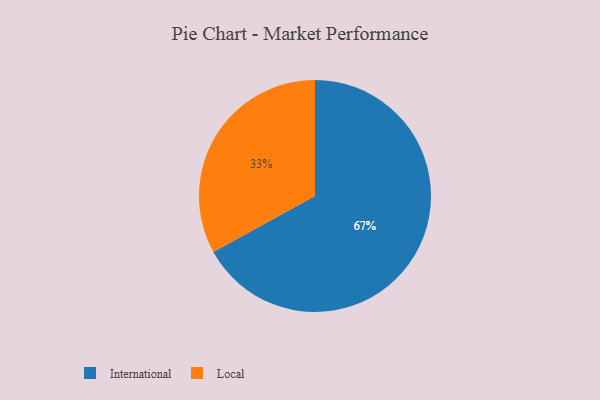
{"axis": {"x": "Category", "y": "Percentage"}, "legend": ["International", "Local"], "data": [{"x": "Local", "y": 33, "type": "Local"}, {"x": "International", "y": 67, "type": "International"}]}